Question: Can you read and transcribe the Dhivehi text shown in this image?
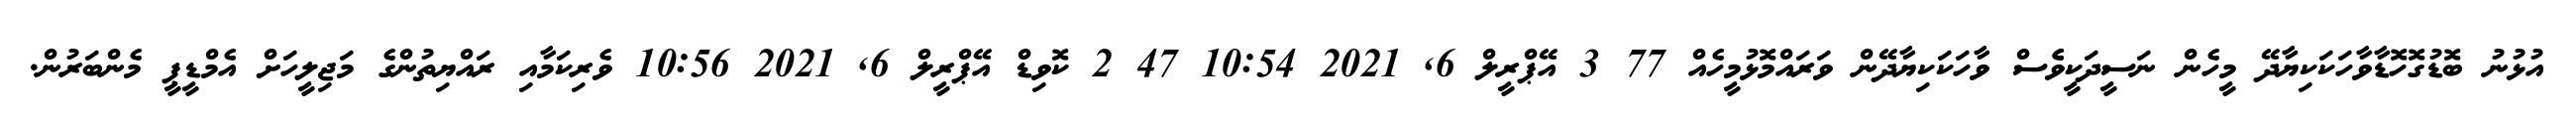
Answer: އުޅުނު ބޮޑުގޮހޮޑާވާހަކަކިޔާދޭ މީހެން ނަސީދަކީވެެސް ވާހަކަކިޔާދޭން ވަރައްމޮޅުމީހެއް 77 3 އޭޕްރީލް 6, 2021 10:54 47 2 ކޮވިޑް އޭޕްރީލް 6, 2021 10:56 ވެރިކަމާއި ރައްޔިތުންގެ މަޖިލީހަށް އެމްޑީޕީ މެންބަރުން.